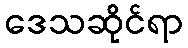
ဒေသဆိုင်ရာ